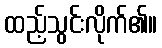
ထည့်သွင်းလိုက်၏။